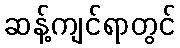
ဆန့်ကျင်ရာတွင်